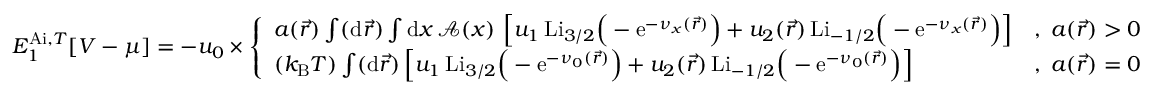
\begin{array} { r } { E _ { 1 } ^ { \mathrm { A i } , T } [ V - \mu ] = - u _ { 0 } \times \left\{ \begin{array} { l l } { a ( \vec { r } ) \int ( \mathrm { d } \vec { r } ) \int \mathrm { d } x \, \mathcal { A } ( x ) \, \left[ u _ { 1 } \, \mathrm { L i } _ { 3 / 2 } \Big ( - \mathrm { e } ^ { - \nu _ { x } ( \vec { r } ) } \Big ) + u _ { 2 } ( \vec { r } ) \, \mathrm { L i } _ { - 1 / 2 } \Big ( - \mathrm { e } ^ { - \nu _ { x } ( \vec { r } ) } \Big ) \right] } & { , \; a ( \vec { r } ) > 0 } \\ { ( k _ { \mathrm { B } } T ) \int ( \mathrm { d } \vec { r } ) \left[ u _ { 1 } \, \mathrm { L i } _ { 3 / 2 } \Big ( - \mathrm { e } ^ { - \nu _ { 0 } ( \vec { r } ) } \Big ) + u _ { 2 } ( \vec { r } ) \, \mathrm { L i } _ { - 1 / 2 } \Big ( - \mathrm { e } ^ { - \nu _ { 0 } ( \vec { r } ) } \Big ) \right] } & { , \; a ( \vec { r } ) = 0 } \end{array} \right. } \end{array}